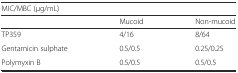
<table><thead><tr><td colspan="3"><b>MIC/MBC (μg/mL)</b></td></tr><tr><td></td><td><b>Mucoid</b></td><td><b>Non-mucoid</b></td></tr></thead><tbody><tr><td>TP359</td><td>4/16</td><td>8/64</td></tr><tr><td>Gentamicin sulphate</td><td>0.5/0.5</td><td>0.25/0.25</td></tr><tr><td>Polymyxin B</td><td>0.5/0.5</td><td>0.5/0.5</td></tr></tbody></table>